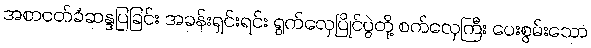
အစာငတ်ခံဆန္ဒပြခြင်း အခန်းရှင်းရင်း ရွက်လှေပြိုင်ပွဲတို့ စက်လှေကြီး ပေးစွမ်းသော